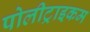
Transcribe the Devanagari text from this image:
पोलीट्राइकम